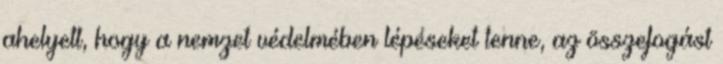
ahelyett, hogy a nemzet védelmében lépéseket tenne, az összefogást